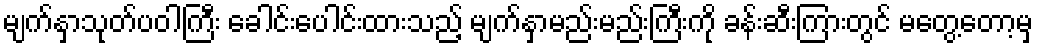
မျက်နှာသုတ်ပဝါကြီး ခေါင်းပေါင်းထားသည့် မျက်နှာမည်းမည်းကြီးကို ခန်းဆီးကြားတွင် မတွေ့တော့မှ